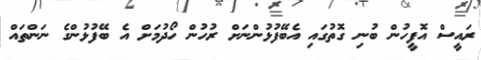
ރައީސް އޮފީހުން ބުނި ގޮތުގައި އެބޭފުޅުންނަށް ރުހުން ހޯދުމަށް އެ ބޭފުޅުންގެ ނަންތައް